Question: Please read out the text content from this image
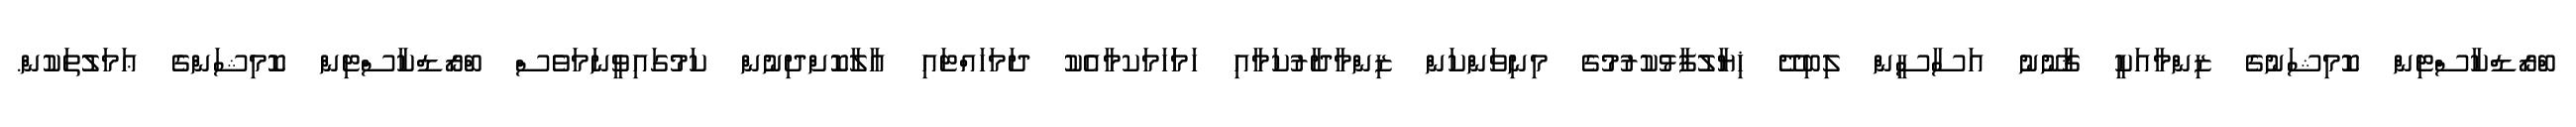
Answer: ބްރޯޑްކާސްޓިން ކޮމިޝަނުގެ ޒިންމާއަކީ ޤާނޫނު އަސާސީން ލިބިދޭ ޚިޔާލުފާޅުކުރުމުގެ މިނިވަންކަން ޒިންމާދާރުކަމާއި ހަމަަހަމަކމާއެކު ދަމަހައްޓައި އާލާކޮށްދިނުން ކަމުގައިވީނަމަވެސް ބްރޯޑްކާސްޓިން ކޮމިޝަންގެ ޢަމަލުތަކުން.